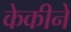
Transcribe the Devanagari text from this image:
केकीने